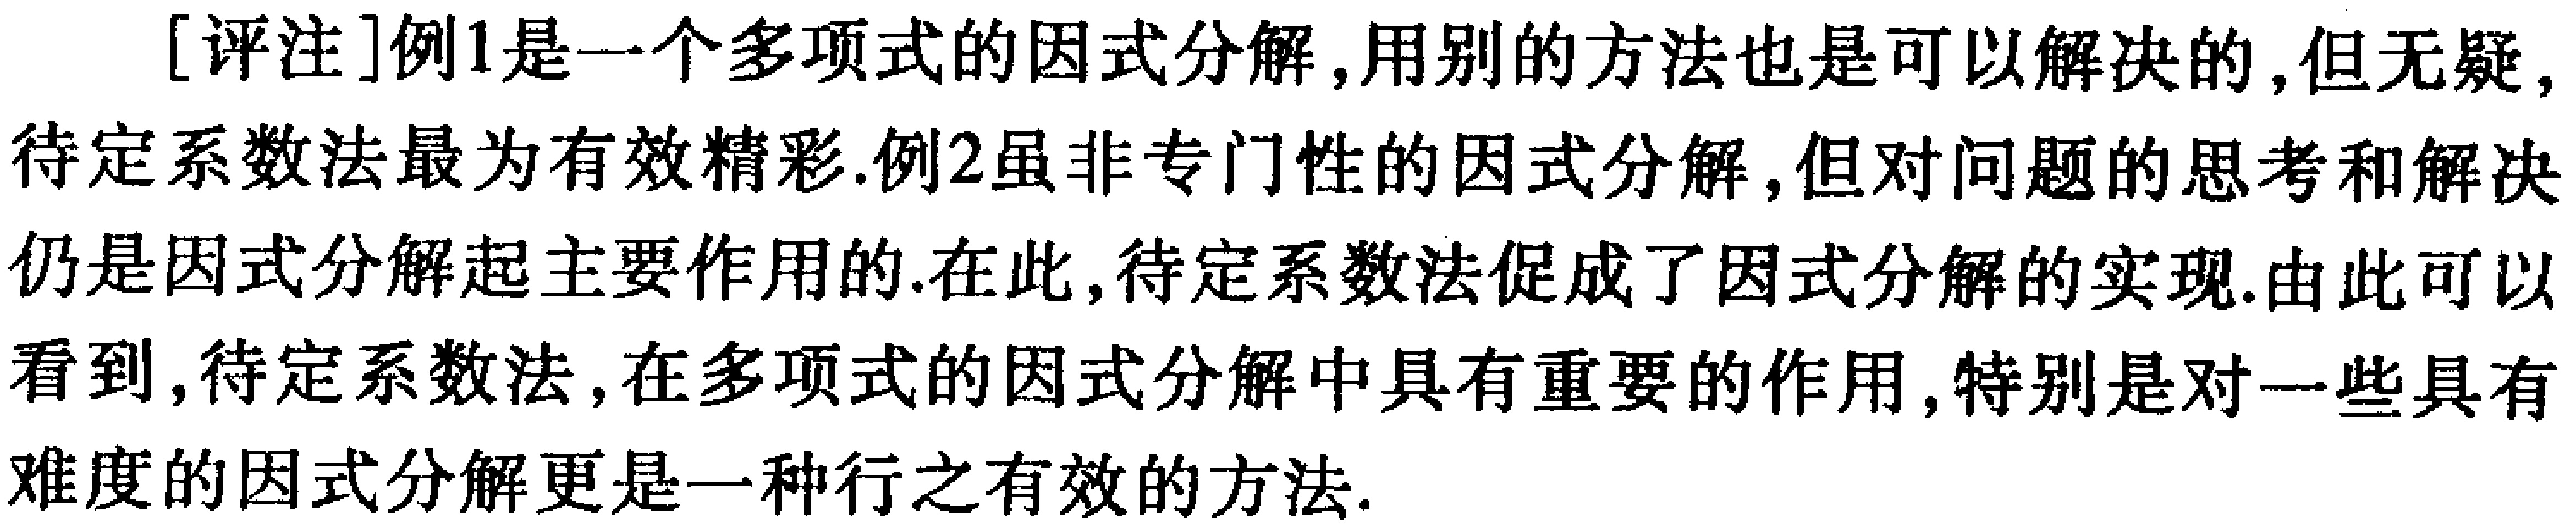
[评注]例1是一个多项式的因式分解,用别的方法也是可以解决的,但无疑,待定系数法最为有效精彩.例2虽非专门性的因式分解,但对问题的思考和解决仍是因式分解起主要作用的.在此,待定系数法促成了因式分解的实现.由此可以看到,待定系数法,在多项式的因式分解中具有重要的作用,特别是对一些具有难度的因式分解更是一种行之有效的方法.